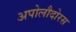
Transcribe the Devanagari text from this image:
अपोलौदोरस